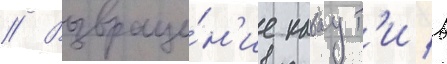
// Возвраще́н'ие каваут'и в